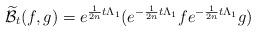
LaTeX: \begin{align*} \mathcal{\widetilde{B}}_{t}(f,g)&=e^{\frac{1}{2n}t\Lambda_{1}}(e^{-\frac{1}{2n}t\Lambda_{1}}fe^{-\frac{1}{2n}t\Lambda_{1}}g)\end{align*}